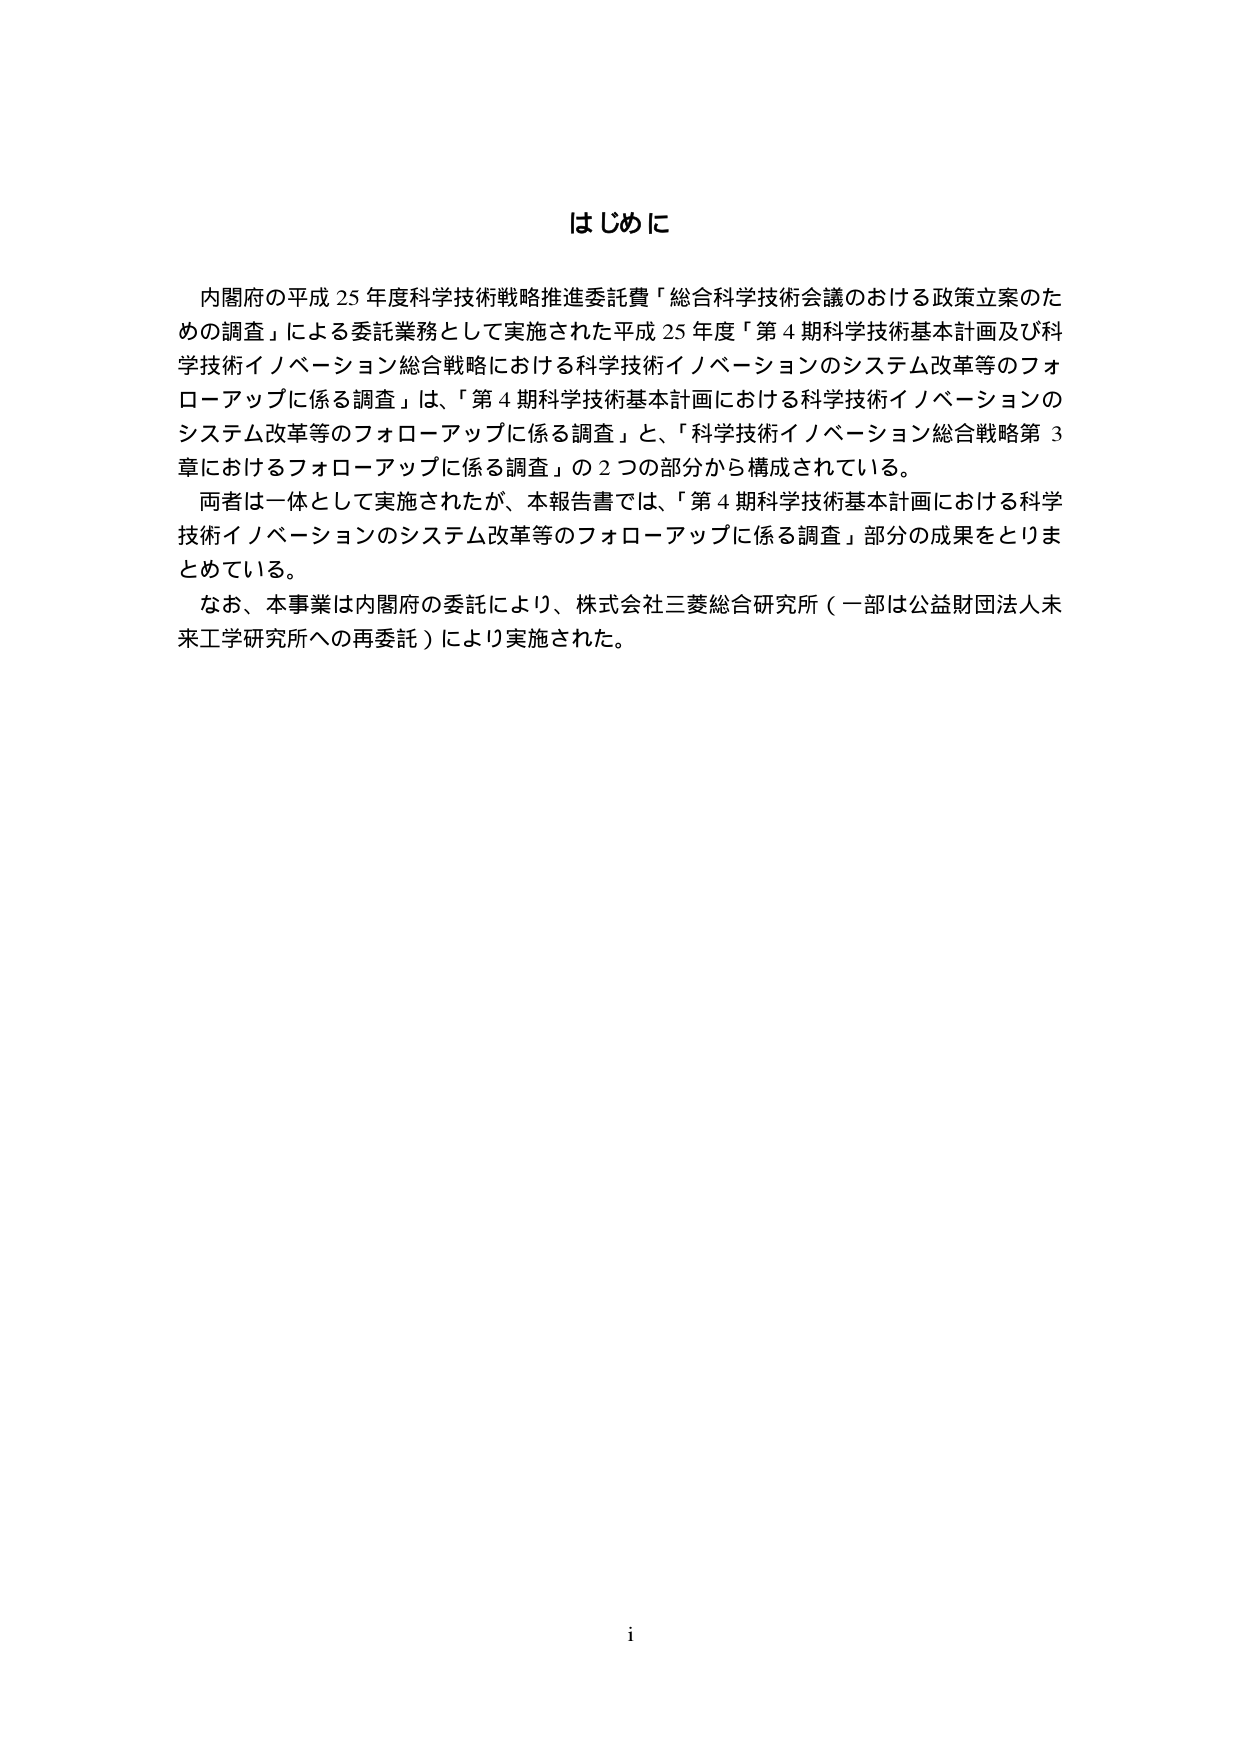
はじめに

内閣府の平成25年度科学技術戦略推進委託費「総合科学技術会議のおける政策立案のための調査」による委託業務として実施された平成25年度「第4期科学技術基本計画及び科学技術イノベーション総合戦略における科学技術イノベーションのシステム改革等のフォローアップに係る調査」は、「第4期科学技術基本計画における科学技術イノベーションのシステム改革等のフォローアップに係る調査」と、「科学技術イノベーション総合戦略第3章におけるフォローアップに係る調査」の2つの部分から構成されている。

両者は一体として実施されたが、本報告書では、「第4期科学技術基本計画における科学技術イノベーションのシステム改革等のフォローアップに係る調査」部分の成果をとりまとめている。

なお、本事業は内閣府の委託により、株式会社三菱総合研究所（一部は公益財団法人未来工学研究所への再委託）により実施された。

i